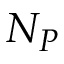
N _ { P }